Report on the Civil Veterinary Department, Eastern Bengal and Assam - 1907-1911
Year: 1907
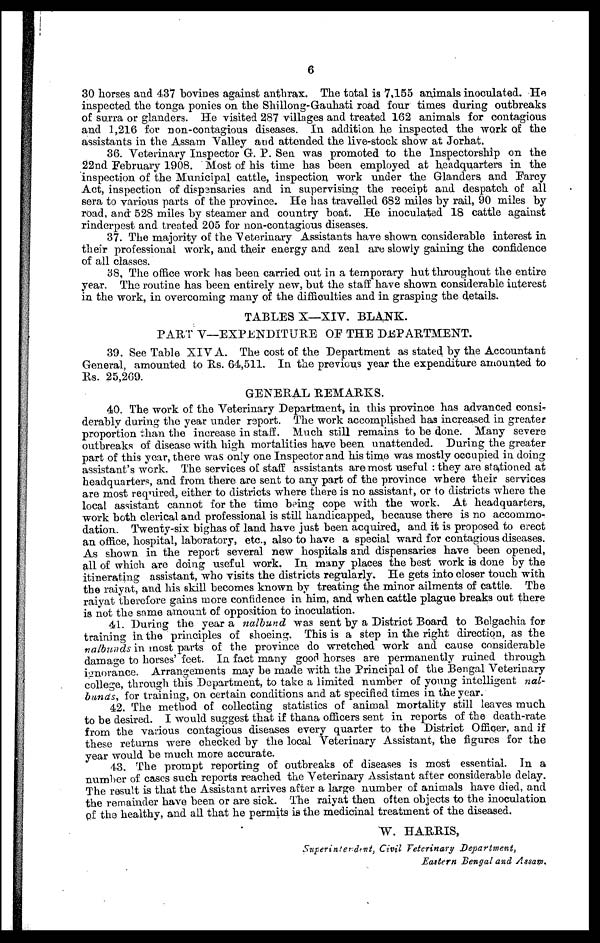
6
30 horses and 437 bovines against anthrax. The total is 7,155 animals inoculated. He
inspected the tonga ponies on the Shillion-Gauhati road four times during outbreaks
of surra or glanders. He visited 287 villages and treated 162 animals for contagious
and 1,216 for non-contagious diseases. In addition he inspected the work of the
assistants in the Assam Valley and attended the live-stock show at Jorhat.
36. Veterinary Inspector G. P. Sen was promoted to the Inspectorship on the
22nd February 1908. Most of his time has been employed at headquarters in the
inspection of the Municipal cattle, inspection work under the Glanders and Farcy
Act, inspection of dispensaries and in supervising the receipt and despatch of all
sera to various parts of the province. He has travelled 682 miles by rail, 90 miles by
road, and 528 miles by steamer and country boat. He inoculated 18 cattle against
rinderpest and treated 205 for non-contagious diseases.
37. The majority of the Veterinary Assistants have shown considerable interest in
their professional work, and their energy and zeal are slowly gaining the confidence
of all classes.
38. The office work has been carried out in a temporary hut throughout the entire
year. The routine has been entirely new, but the staff have shown considerable interest
in the work, in overcoming many of the difficulties and in grasping the details.
TABLES X—XIV. BLANK.
PART V—EXPENDITURE OF THE DEPARTMENT.
39. See Table XIV A. The cost of the Department as stated by the Accountant
General, amounted to Rs. 64,511. In the previous year the expenditure amounted to
Rs. 25,269.
GENERAL REMARKS.
40. The work of the Veterinary Department, in this province has advanced consi-
derably during the year under report. The work accomplished has increased in greater
proportion than the increase in staff. Much still remains to be done. Many severe
outbreaks of disease with high mortalities have been unattended. During the greater
part of this year, there was only one Inspector and his time was mostly occupied in doing
assistant's work. The services of staff assistants are most useful : they are stationed at
headquarters, and from there are sent to any part of the province where their services
are most required, either to districts where there is no assistant, or to districts where the
local assistant cannot for the time being cope with the work. At headquarters,
work both clerical and professional is still handicapped, because there is no accommo-
dation. Twenty-six bighas of land have just been acquired, and it is proposed to erect
an office, hospital, laboratory, etc., also to have a special ward for contagious diseases.
As shown in the report several new hospitals and dispensaries have been opened,
all of which are doing useful work. In many places the best work is done by the
itinerating assistant, who visits the districts regularly. He gets into closer touch with
the raiyat, and his skill becomes known by treating the minor ailments of cattle. The
raiyat therefore gains more confidence in him, and when cattle plague breaks out there
is not the same amount of opposition to inoculation.
41. During the year a nalbund was sent by a District Board to Belgachia for
training in the principles of shoeing. This is a step in the right direction, as the
nalbunds in most parts of the province do wretched work and cause considerable
damage to horses' feet. In fact many good horses are permanently ruined through
ignorance. Arrangements may be made with the Principal of the Bengal Veterinary
college, through this Department, to take a limited number of young intelligent nal-
bunds, for training, on certain conditions and at specified times in the year.
42. The method of collecting statistics of animal mortality still leaves much
to be desired. I would suggest that if thana officers sent in reports of the death-rate
from the various contagious diseases every quarter to the District Officer, and if
these returns were checked by the local Veterinary Assistant, the figures for the
year would be much more accurate.
43. The prompt reporting of outbreaks of diseases is most essential. In a
number of cases such reports reached the Veterinary Assistant after considerable delay.
The result is that the Assistant arrives after a large number of animals have died, and
the remainder have been or are sick. The raiyat then often objects to the inoculation
of the healthy, and all that he permits is the medicinal treatment of the diseased.
W. HARRIS,
Superintendent, Civil Veterinary Department,
Eastern Bengal and Assam.